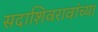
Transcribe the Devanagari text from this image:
सदाशिवरावांच्या